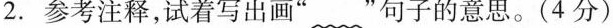
2.参考注释，试着写出画””句子的意思。(4分)